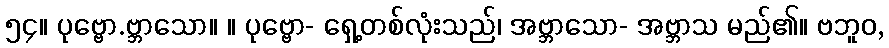
၅၄။ ပုဗ္ဗော.ဗ္ဘာသော။ ။ ပုဗ္ဗော- ရှေ့တစ်လုံးသည်၊ အဗ္ဘာသော- အဗ္ဘာသ မည်၏။ ဗဘူဝ,